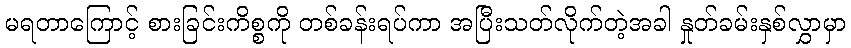
မရတာကြောင့် စားခြင်းကိစ္စကို တစ်ခန်းရပ်ကာ အပြီးသတ်လိုက်တဲ့အခါ နှုတ်ခမ်းနှစ်လွှာမှာ